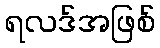
ရလဒ်အဖြစ်